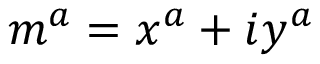
m ^ { a } = x ^ { a } + i y ^ { a }